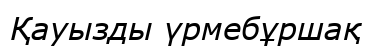
Қауызды үрмебұршақ